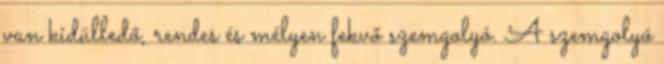
van kidülledő, rendes és mélyen fekvő szemgolyó. A szemgolyó